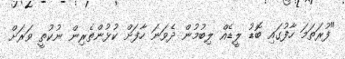
"ފުރަތަމަ ހާފުގައި ބޮޑު ލީޑެއް ލިބުމުން ދެވަނަ ހާފަށް ކުޅުންތެރިން ނުކުތީ ވަރަށް